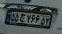
۸۵ج۲۵۶۵۲